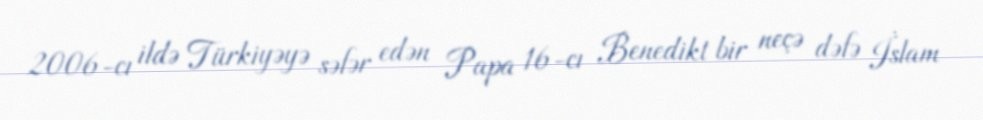
2006-cı ildə Türkiyəyə səfər edən Papa 16-cı Benedikt bir neçə dəfə İslam